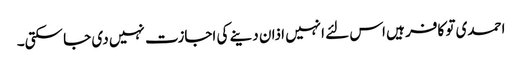
احمدی تو کافر ہیں اس لئے انہیں اذان دینے کی اجازت نہیں دی جا سکتی۔